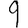
Digit: 9